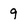
Character: 9